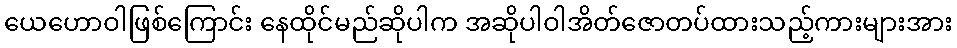
ယေဟောဝါဖြစ်ကြောင်း နေထိုင်မည်ဆိုပါက အဆိုပါဝါအိတ်ဇောတပ်ထားသည့်ကားများအား